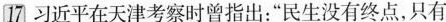
17习近平在天津考察时曾指出：”民生没有终点，只有